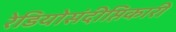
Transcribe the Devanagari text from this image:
रेडियोसंदीप्तिकारी